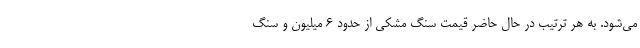
می‌شود. به هر ترتیب در حال حاضر قیمت سنگ مشکی از حدود ۶ میلیون و سنگ